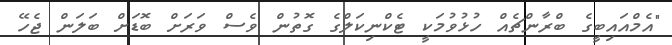
"އެމްއައިބީގެ ބްރާންޗެއް ހުޅުވުމަކީ ޓެކްނިކަލްގެ ގޮތުން ވެސް ވަރަށް ބޮޑަށް ބަލަން ޖެހޭ